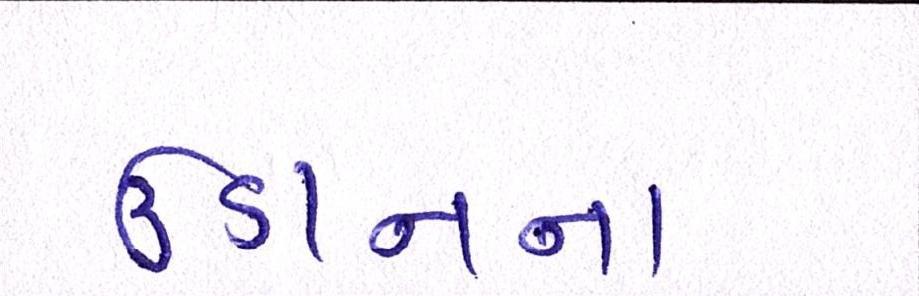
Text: ઉડાનનો